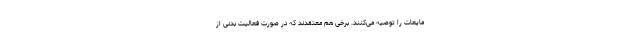
مایعات را توصیه می‌کنند. برخی هم معتقدند که در صورت فعالیت بدنی از